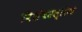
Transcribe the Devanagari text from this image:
विशेषउल्लेख